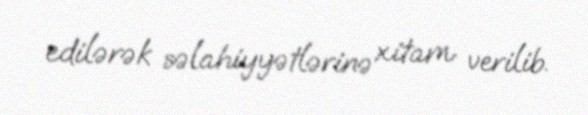
edilərək səlahiyyətlərinə xitam verilib.